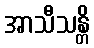
အာသီသန္တိ